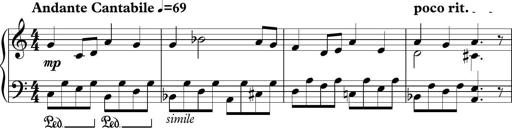
Title: Piano Sonatina in C
Composer: Daniel LÃ©o Simpson
Key: C major